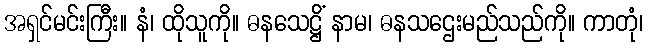
အရှင်မင်းကြီး။ နံ၊ ထိုသူကို။ ဓနသေဋ္ဌိံ နာမ၊ ဓနသဌေးမည်သည်ကို။ ကာတုံ၊